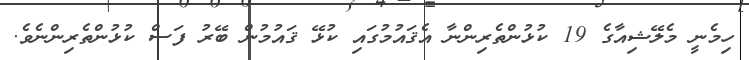
ހިމެނީ މެލޭޝިއާގެ 19 ކުޅުންތެރިންނާ އެޤައުމުގައި ކުޅޭ ޤައުމުން ބޭރު ފަސް ކުޅުންތެރިންނެވެ.